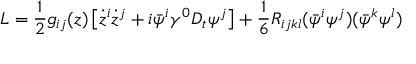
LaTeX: L = { \frac { 1 } { 2 } } g _ { i j } ( z ) \left[ \dot { z } ^ { i } \dot { z } ^ { j } + i \bar { \psi } ^ { i } \gamma ^ { 0 } D _ { t } \psi ^ { j } \right] + { \frac { 1 } { 6 } } R _ { i j k l } ( \bar { \psi } ^ { i } \psi ^ { j } ) ( \bar { \psi } ^ { k } \psi ^ { l } )